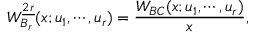
W _ { B _ { r } } ^ { \underline { { { 2 r } } } } ( x ; u _ { 1 } , \cdots , u _ { r } ) = { \frac { W _ { B C } ( x ; u _ { 1 } , \cdots , u _ { r } ) } { x } } ,